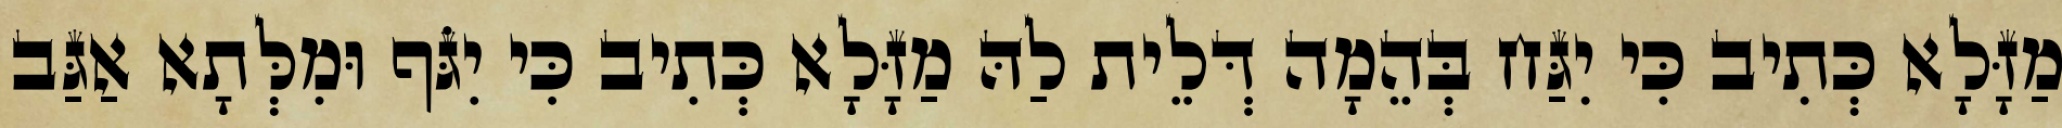
מַזָּלָא כְּתִיב כִּי יִגַּח בְּהֵמָה דְּלֵית לַהּ מַזָּלָא כְּתִיב כִּי יִגֹּף וּמִלְּתָא אַגַּב